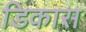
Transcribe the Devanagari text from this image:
डिकास